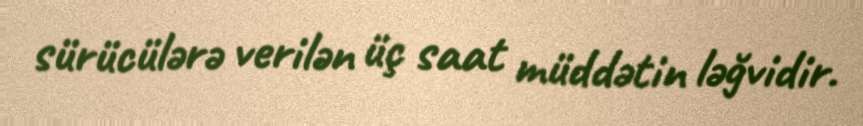
sürücülərə verilən üç saat müddətin ləğvidir.